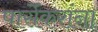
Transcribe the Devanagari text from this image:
पार्सेकरांना